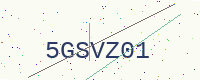
Text: 5GSVZ01